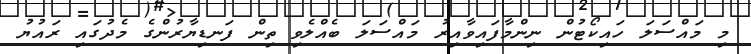
މި މައްސަލަ ހައިކޯޓުން ނިންމާފައިވާއިރު މައްސަލަ ބެއްލެވި ތިން ފަނޑިޔާރުންގެ މެދުގައި ރައުޔު